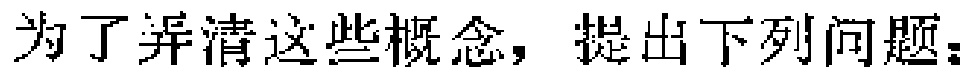
为了弄清这些概念，提出下列问题：